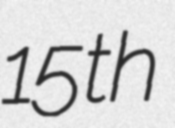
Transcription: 15th